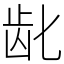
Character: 龀